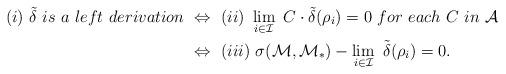
LaTeX: \begin{align*} (i)~\tilde{\delta}~is~a~left~ derivation~&\Leftrightarrow~(ii)~\lim\limits_{i\in \mathcal{I}}~C\cdot\tilde{\delta}(\rho_i)=0~for~each~C~in~\mathcal{A}\\ ~&\Leftrightarrow~(iii)~\sigma(\mathcal{M},\mathcal{M}_{\ast})-\lim\limits_{i\in \mathcal{I}}~\tilde{\delta}(\rho_i)=0.\end{align*}